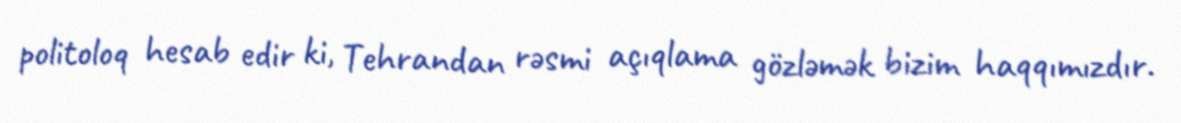
politoloq hesab edir ki, Tehrandan rəsmi açıqlama gözləmək bizim haqqımızdır.